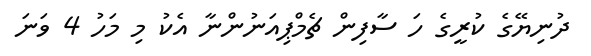
ދުނިޔޭގެ ކުރީގެ ހަ ސާފިން ޗެމްޕިއަނުންނާ އެކު މި މަހު 4 ވަނަ